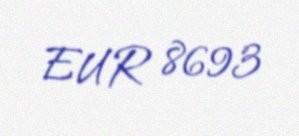
EUR 8693